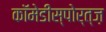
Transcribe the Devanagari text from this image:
कॉमेडीस्पोर्त्ज़